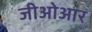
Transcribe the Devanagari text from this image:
जीओआर